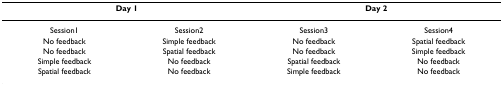
| <COLSPAN=2> Day 1 | <COLSPAN=2> Day 2 |
 | --- | --- | --- | --- |
 | Session1 | Session2 | Session3 | Session4 |
 | No feedback | Simple feedback | No feedback | Spatial feedback |
 | No feedback | Spatial feedback | No feedback | Simple feedback |
 | Simple feedback | No feedback | Spatial feedback | No feedback |
 | Spatial feedback | No feedback | Simple feedback | No feedback |